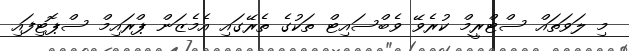
މި ލަވަތައް ސްޓްރީމް ކުރެވޭ ވެބްސައިޓް ތަކުގެ ތެރޭގައި އެމެޒަން ޕްރައިމް ސްޕޮޓިފައި